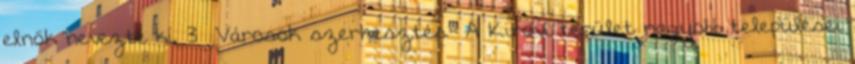
elnök nevezte ki. 3 Városok szerkesztés A Kirovi terület nagyobb települései